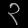
Digit: ၃